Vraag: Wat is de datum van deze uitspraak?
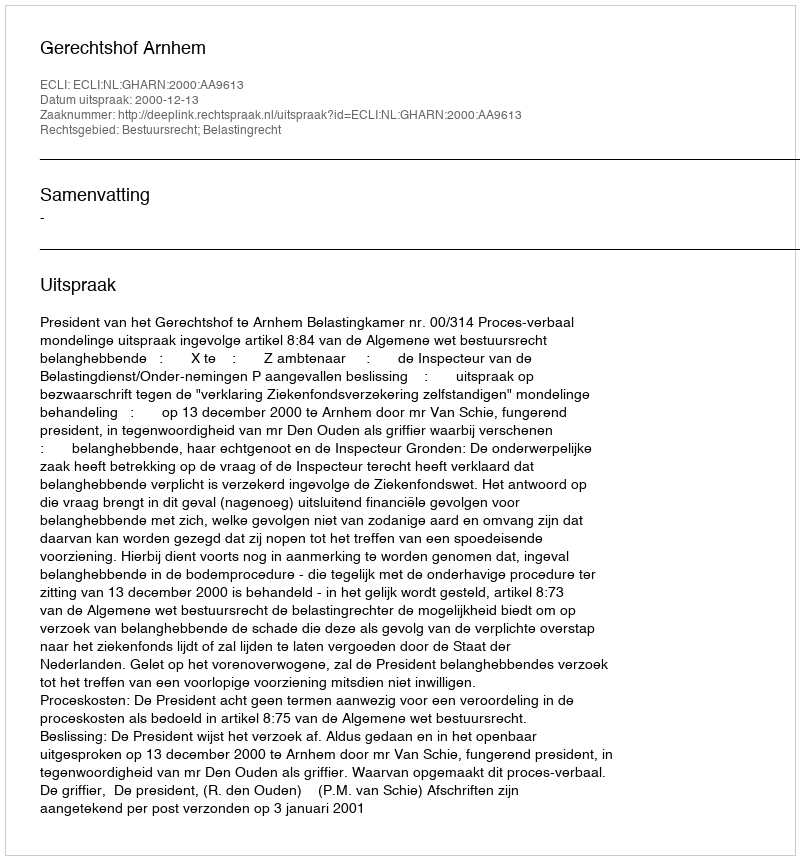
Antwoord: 2000-12-13